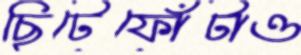
ছিটেফোঁটাও